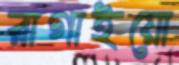
রাগাইয়ো